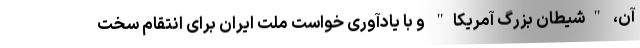
آن، "شیطان بزرگ آمریکا" و با یادآوری خواست ملت ایران برای انتقام سخت